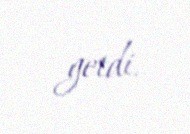
getdi.